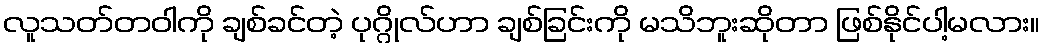
လူသတ်တဝါကို ချစ်ခင်တဲ့ ပုဂ္ဂိုလ်ဟာ ချစ်ခြင်းကို မသိဘူးဆိုတာ ဖြစ်နိုင်ပါ့မလား။